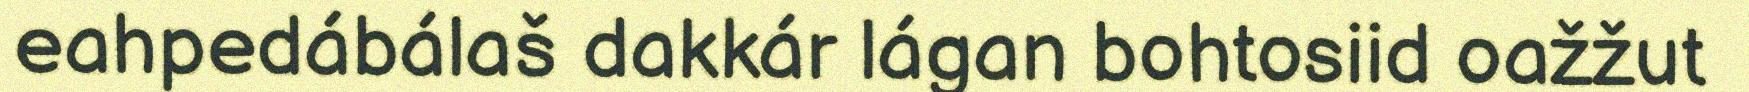
eahpedábálaš dakkár lágan bohtosiid oažžut